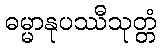
ဓမ္မာနုပဿီသုတ္တံ